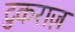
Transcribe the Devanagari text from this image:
टुकराज़